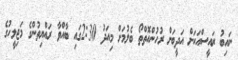
ނައިބު ރައީސްއަކަށް އަދީބަށް ރުހުންއޮތްތޯ ބެލުމަށް މިއަދު 2:30ގައި ބާއްވާ ރައްޔިތުންގެ މަޖިލީހުގެ